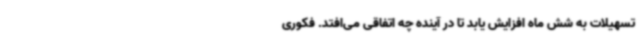
تسهیلات به شش ماه افزایش یابد تا در آینده چه اتفاقی می‌افتد. فکوری